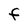
Character: F